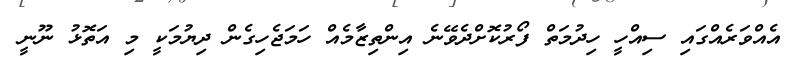
އެއްވަރެއްގައި ސިއްހީ ހިދުމަތް ފޯރުކޮށްދެވޭނެ އިންތިޒާމެއް ހަމަޖެހިގެން ދިޔުމަކީ މި އަތޮޅު ނޫނީ